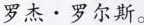
罗杰 · 罗尔斯